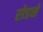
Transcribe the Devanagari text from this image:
रोडसे